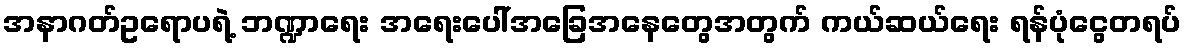
အနာဂတ်ဥရောပရဲ့ ဘဏ္ဍာရေး အရေးပေါ်အခြေအနေတွေအတွက် ကယ်ဆယ်ရေး ရန်ပုံငွေတရပ်